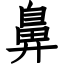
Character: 鼻